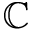
\mathbb { C }